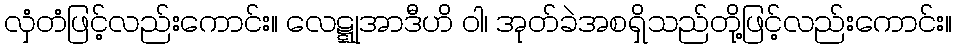
လှံတံဖြင့်လည်းကောင်း။ လေဋ္ဋုအာဒီဟိ ဝါ၊ အုတ်ခဲအစရှိသည်တို့ဖြင့်လည်းကောင်း။